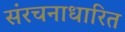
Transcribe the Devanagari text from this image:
संरचनाधारित